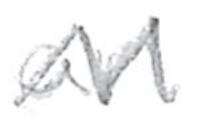
Text: an
Cross-out: mix
Writing tool: pencil